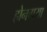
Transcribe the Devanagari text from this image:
होनगया